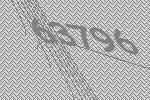
63796